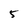
Character: 5